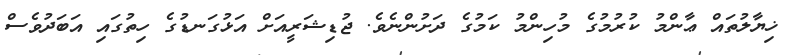
ޚިޔާލުތައް ޢާންމު ކުރުމުގެ މުހިންމު ކަމުގެ ދަށުންނެވެ. ޖުޑިޝަރީއަށް އަޅުގަނޑުގެ ހިތުގައި އަބަދުވެސް